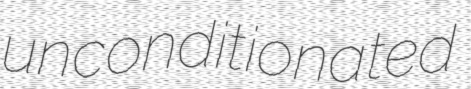
unconditionated